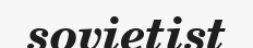
sovietist